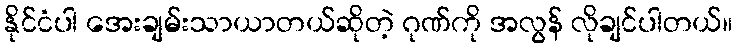
နိုင်ငံပါ အေးချမ်းသာယာတယ်ဆိုတဲ့ ဂုဏ်ကို အလွန် လိုချင်ပါတယ်။